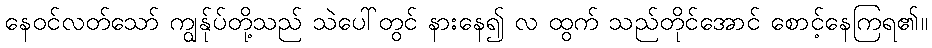
နေဝင်လတ်သော် ကျွန်ုပ်တို့သည် သဲပေါ်တွင် နားနေ၍ လ ထွက် သည်တိုင်အောင် စောင့်နေကြရ၏။